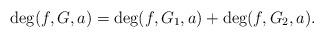
LaTeX: \begin{align*}\deg(f,G,a) = \deg(f,G_1,a)+\deg(f,G_2,a). \end{align*}